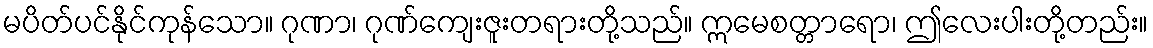
မပိတ်ပင်နိုင်ကုန်သော။ ဂုဏာ၊ ဂုဏ်ကျေးဇူးတရားတို့သည်။ ဣမေစတ္တာရော၊ ဤလေးပါးတို့တည်း။